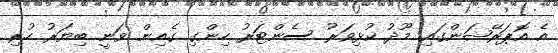
އެ އޮޕަރޭޝަންގައި މޫދު ކުޅިވަރު ސެންޓަރު ހިންގި ގެއިން ވަނީ ބިޔަރު ހުރި